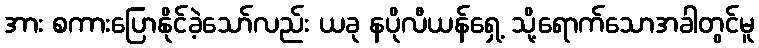
အား စကားပြောနိုင်ခဲ့သော်လည်း ယခု နပိုလီယန်ရှေ့ သို့ရောက်သောအခါတွင်မူ